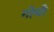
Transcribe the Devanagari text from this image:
गोमी